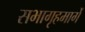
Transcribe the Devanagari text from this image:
सभागृहमार्गे